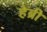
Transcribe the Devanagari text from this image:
हेब्री